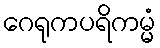
ဂေရုကပရိကမ္မံ